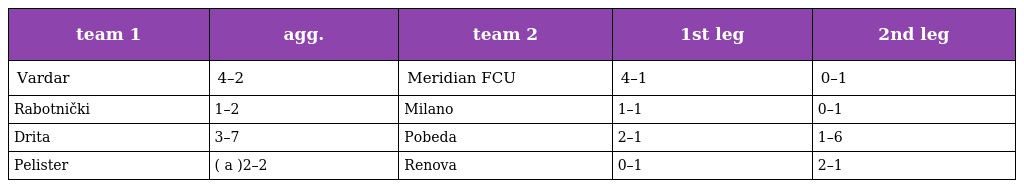
| team 1 | agg. | team 2 | 1st leg | 2nd leg |
 | --- | --- | --- | --- | --- |
 | Vardar | 4–2 | Meridian FCU | 4–1 | 0–1 |
 | Rabotnički | 1–2 | Milano | 1–1 | 0–1 |
 | Drita | 3–7 | Pobeda | 2–1 | 1–6 |
 | Pelister | ( a )2–2 | Renova | 0–1 | 2–1 |